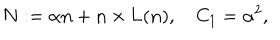
LaTeX: { \bf N } : = \alpha { \bf n } + { \bf n } \times { \bf L } ( { \bf n } ) , \quad { C _ { 1 } } = \alpha ^ { 2 } ,